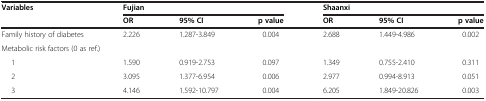
<table><thead><tr><td><b>Variables</b></td><td colspan="3"><b>Fujian</b></td><td colspan="3"><b>Shaanxi</b></td></tr><tr><td><b> </b></td><td><b>OR</b></td><td><b>95% CI</b></td><td><b>p value</b></td><td><b>OR</b></td><td><b>95% CI</b></td><td><b>p value</b></td></tr></thead><tbody><tr><td>Family history of diabetes</td><td>2.226</td><td>1.287-3.849</td><td>0.004</td><td>2.688</td><td>1.449-4.986</td><td>0.002</td></tr><tr><td colspan="7">Metabolic risk factors (0 as ref.)</td></tr><tr><td>1</td><td>1.590</td><td>0.919-2.753</td><td>0.097</td><td>1.349</td><td>0.755-2.410</td><td>0.311</td></tr><tr><td>2</td><td>3.095</td><td>1.377-6.954</td><td>0.006</td><td>2.977</td><td>0.994-8.913</td><td>0.051</td></tr><tr><td>3</td><td>4.146</td><td>1.592-10.797</td><td>0.004</td><td>6.205</td><td>1.849-20.826</td><td>0.003</td></tr></tbody></table>